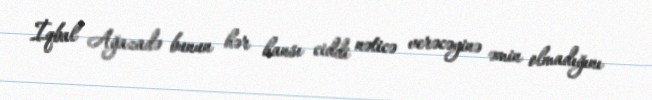
İqbal Ağazadə bunun hər hansı ciddi nəticə verəcəyinə əmin olmadığını